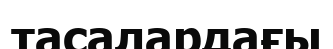
тасалардағы